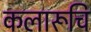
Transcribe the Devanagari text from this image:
कलारूचि